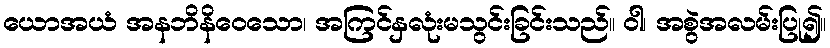
ယောအယံ အနဘိနိဝေသော၊ အကြင်နှလုံးမသွင်းခြင်းသည်။ ဝါ၊ အစွဲအလမ်းပြု၍။